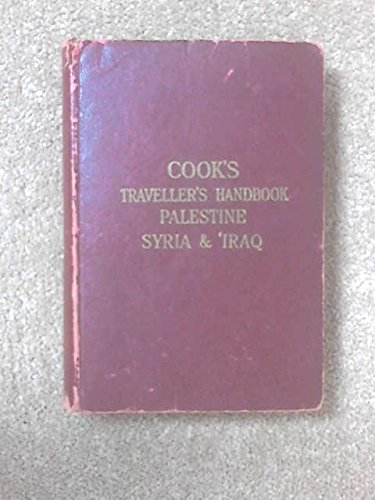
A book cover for Cook's Traveller's Handbook to Palestine, Syria & Iraq; Christopher Lumby; Travel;